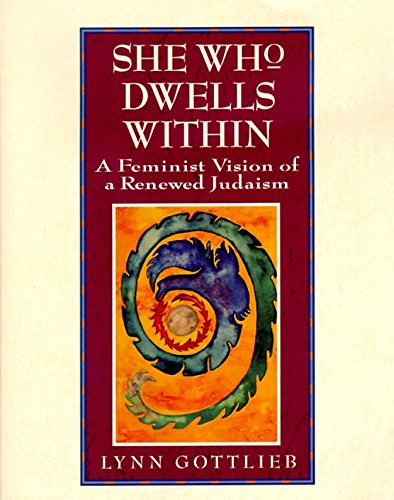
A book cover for She Who Dwells Within: Feminist Vision of a Renewed Judaism, A; Lynn Gottlieb; Religion & Spirituality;